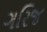
ગરિજ